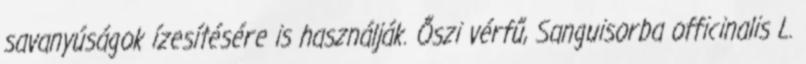
savanyúságok ízesítésére is használják. Őszi vérfű, Sanguisorba officinalis L.